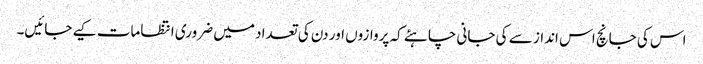
اس کی جانچ اس انداز سے کی جانی چاہئے کہ پروازوں اور دن کی تعداد میں ضروری انتظامات کیے جائیں۔